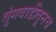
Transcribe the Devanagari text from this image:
तुंगवाडीतूनच